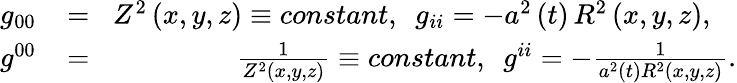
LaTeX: \begin{array}{rlr}{g_{00}}&{{}\! =\! }&{Z^{2}\left(x,y,z\right)\equiv constant,~~g_{ii}=-a^{2}\left(t\right)\, R^{2}\left(x,y,z\right),~~~}\\ {g^{00}}&{{}\! =\! }&{\frac{1}{Z^{2}\left(x,y,z\right)}\equiv constant,~~g^{ii}=-\frac{1}{a^{2}\left(t\right)R^{2}\left(x,y,z\right)}.}\end{array}